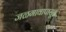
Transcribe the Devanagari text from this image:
जळगावापासून